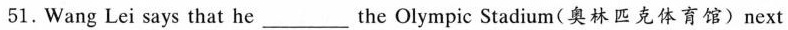
51.Wang Lei says that he___ the Olympic Stadium(奥林匹克体育馆)next